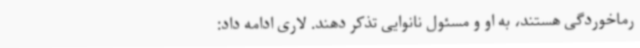
رماخوردگی هستند، به او و مسئول نانوایی تذکر دهند. لاری ادامه داد: